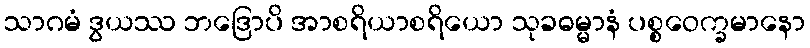
သာဂမံ ဒွယဿ ဘဒြောပိ အာစရိယာစရိယော သုခဓမ္မာနံ ပစ္စဝေက္ခမာနော